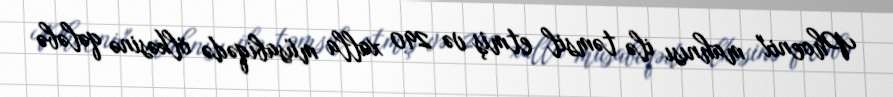
Phoenix" mahnısı ilə təmsil etmiş və 290 xalla müsabiqədə ölkəsinə qələbə